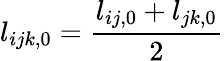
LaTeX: l_{ijk,0}=\frac{l_{ij,0}+l_{jk,0}}{2}